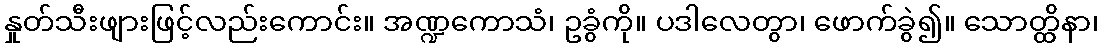
နှုတ်သီးဖျားဖြင့်လည်းကောင်း။ အဏ္ဍကောသံ၊ ဥခွံကို။ ပဒါလေတွာ၊ ဖောက်ခွဲ၍။ သောတ္ထိနာ၊